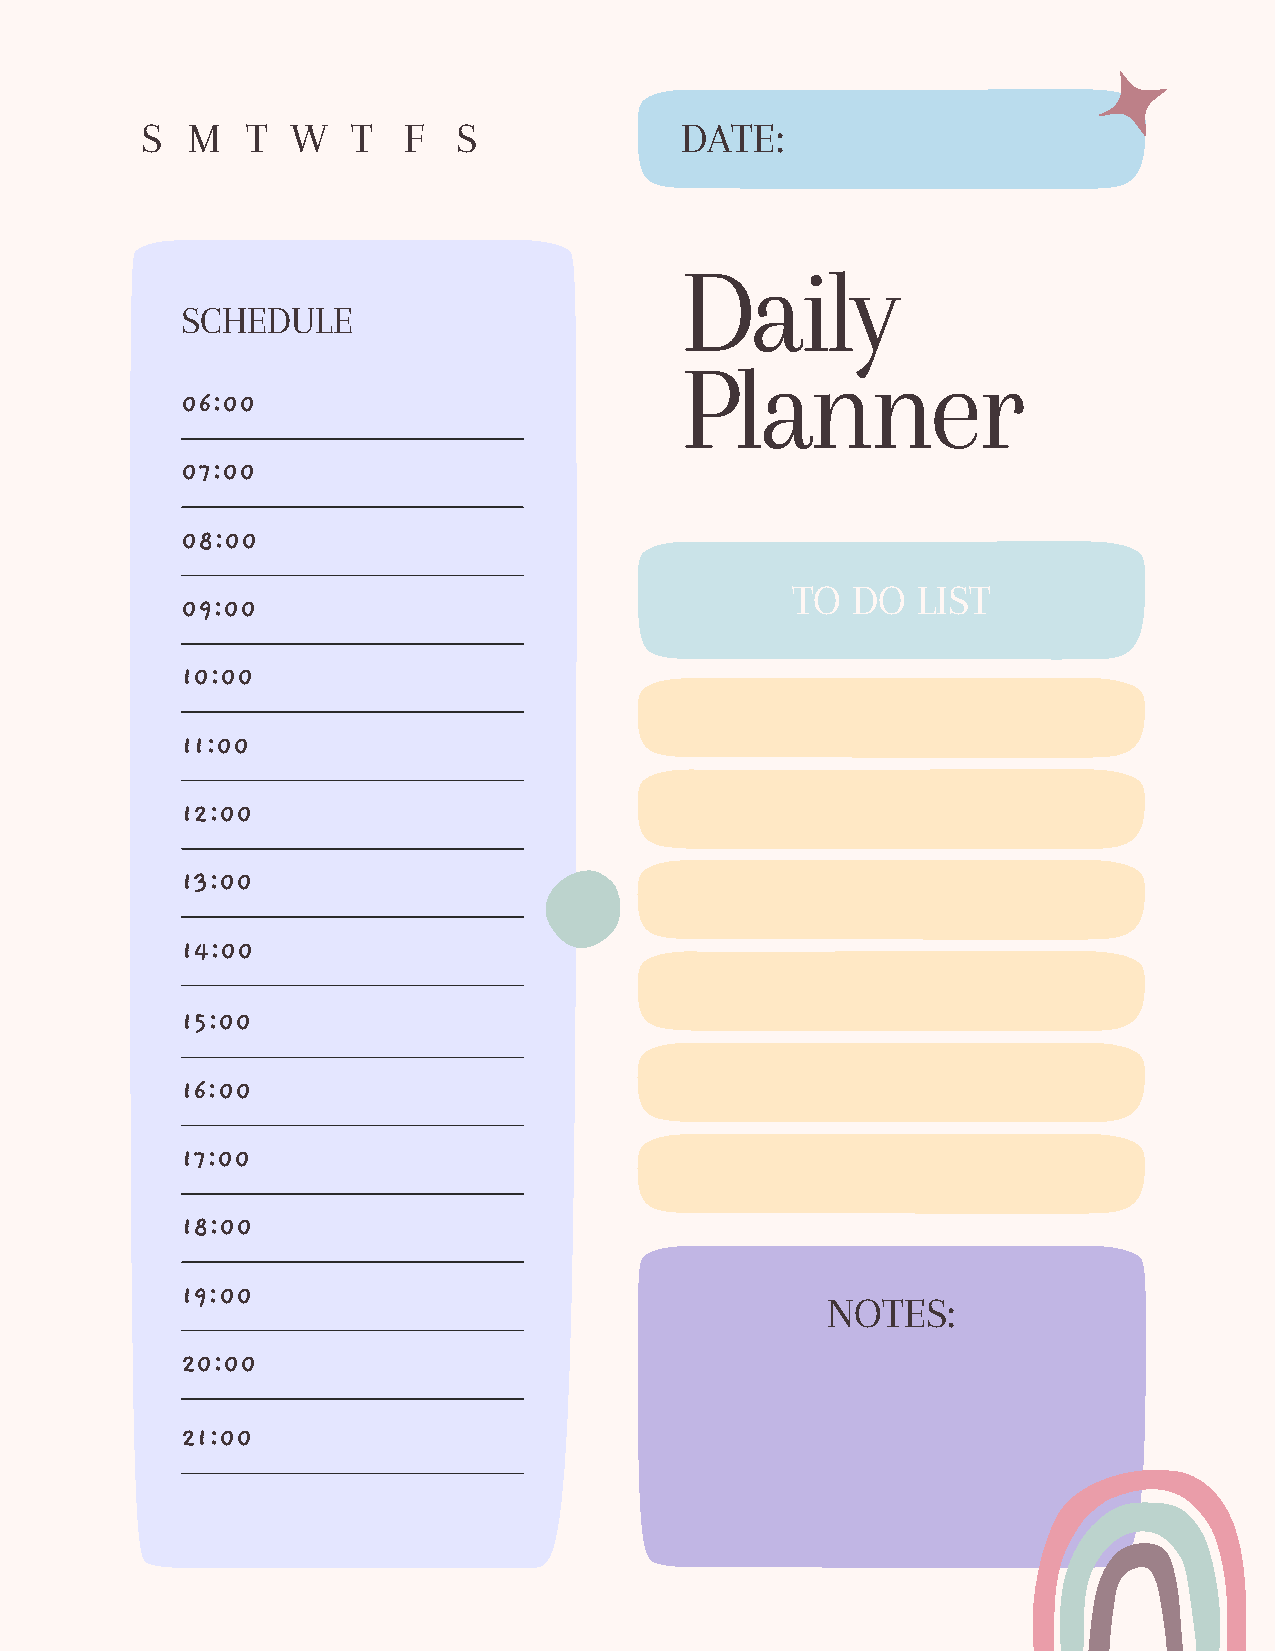
S  M   T  W   T   F  S              DATE:
 Daily
 SCHEDULE
 Planner
 06:00
 07:00
 08:00
 TO  DO   LIST
 09:00
 10:00
 11:00
 12:00
 13:00
 14:00
 15:00
 16:00
 17:00
 18:00
 19:00
 NOTES:
 20:00
 21:00